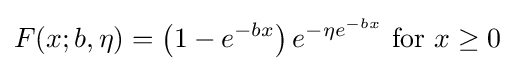
F(x;b,\eta )=\left(1-e^{-bx}\right)e^{-\eta e^{-bx}}{\text{ for }}x\geq 0